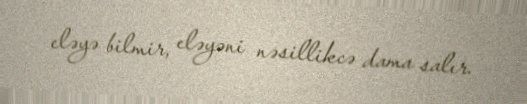
eləyə bilmir, eləyəni nəsillikcə dama salır.